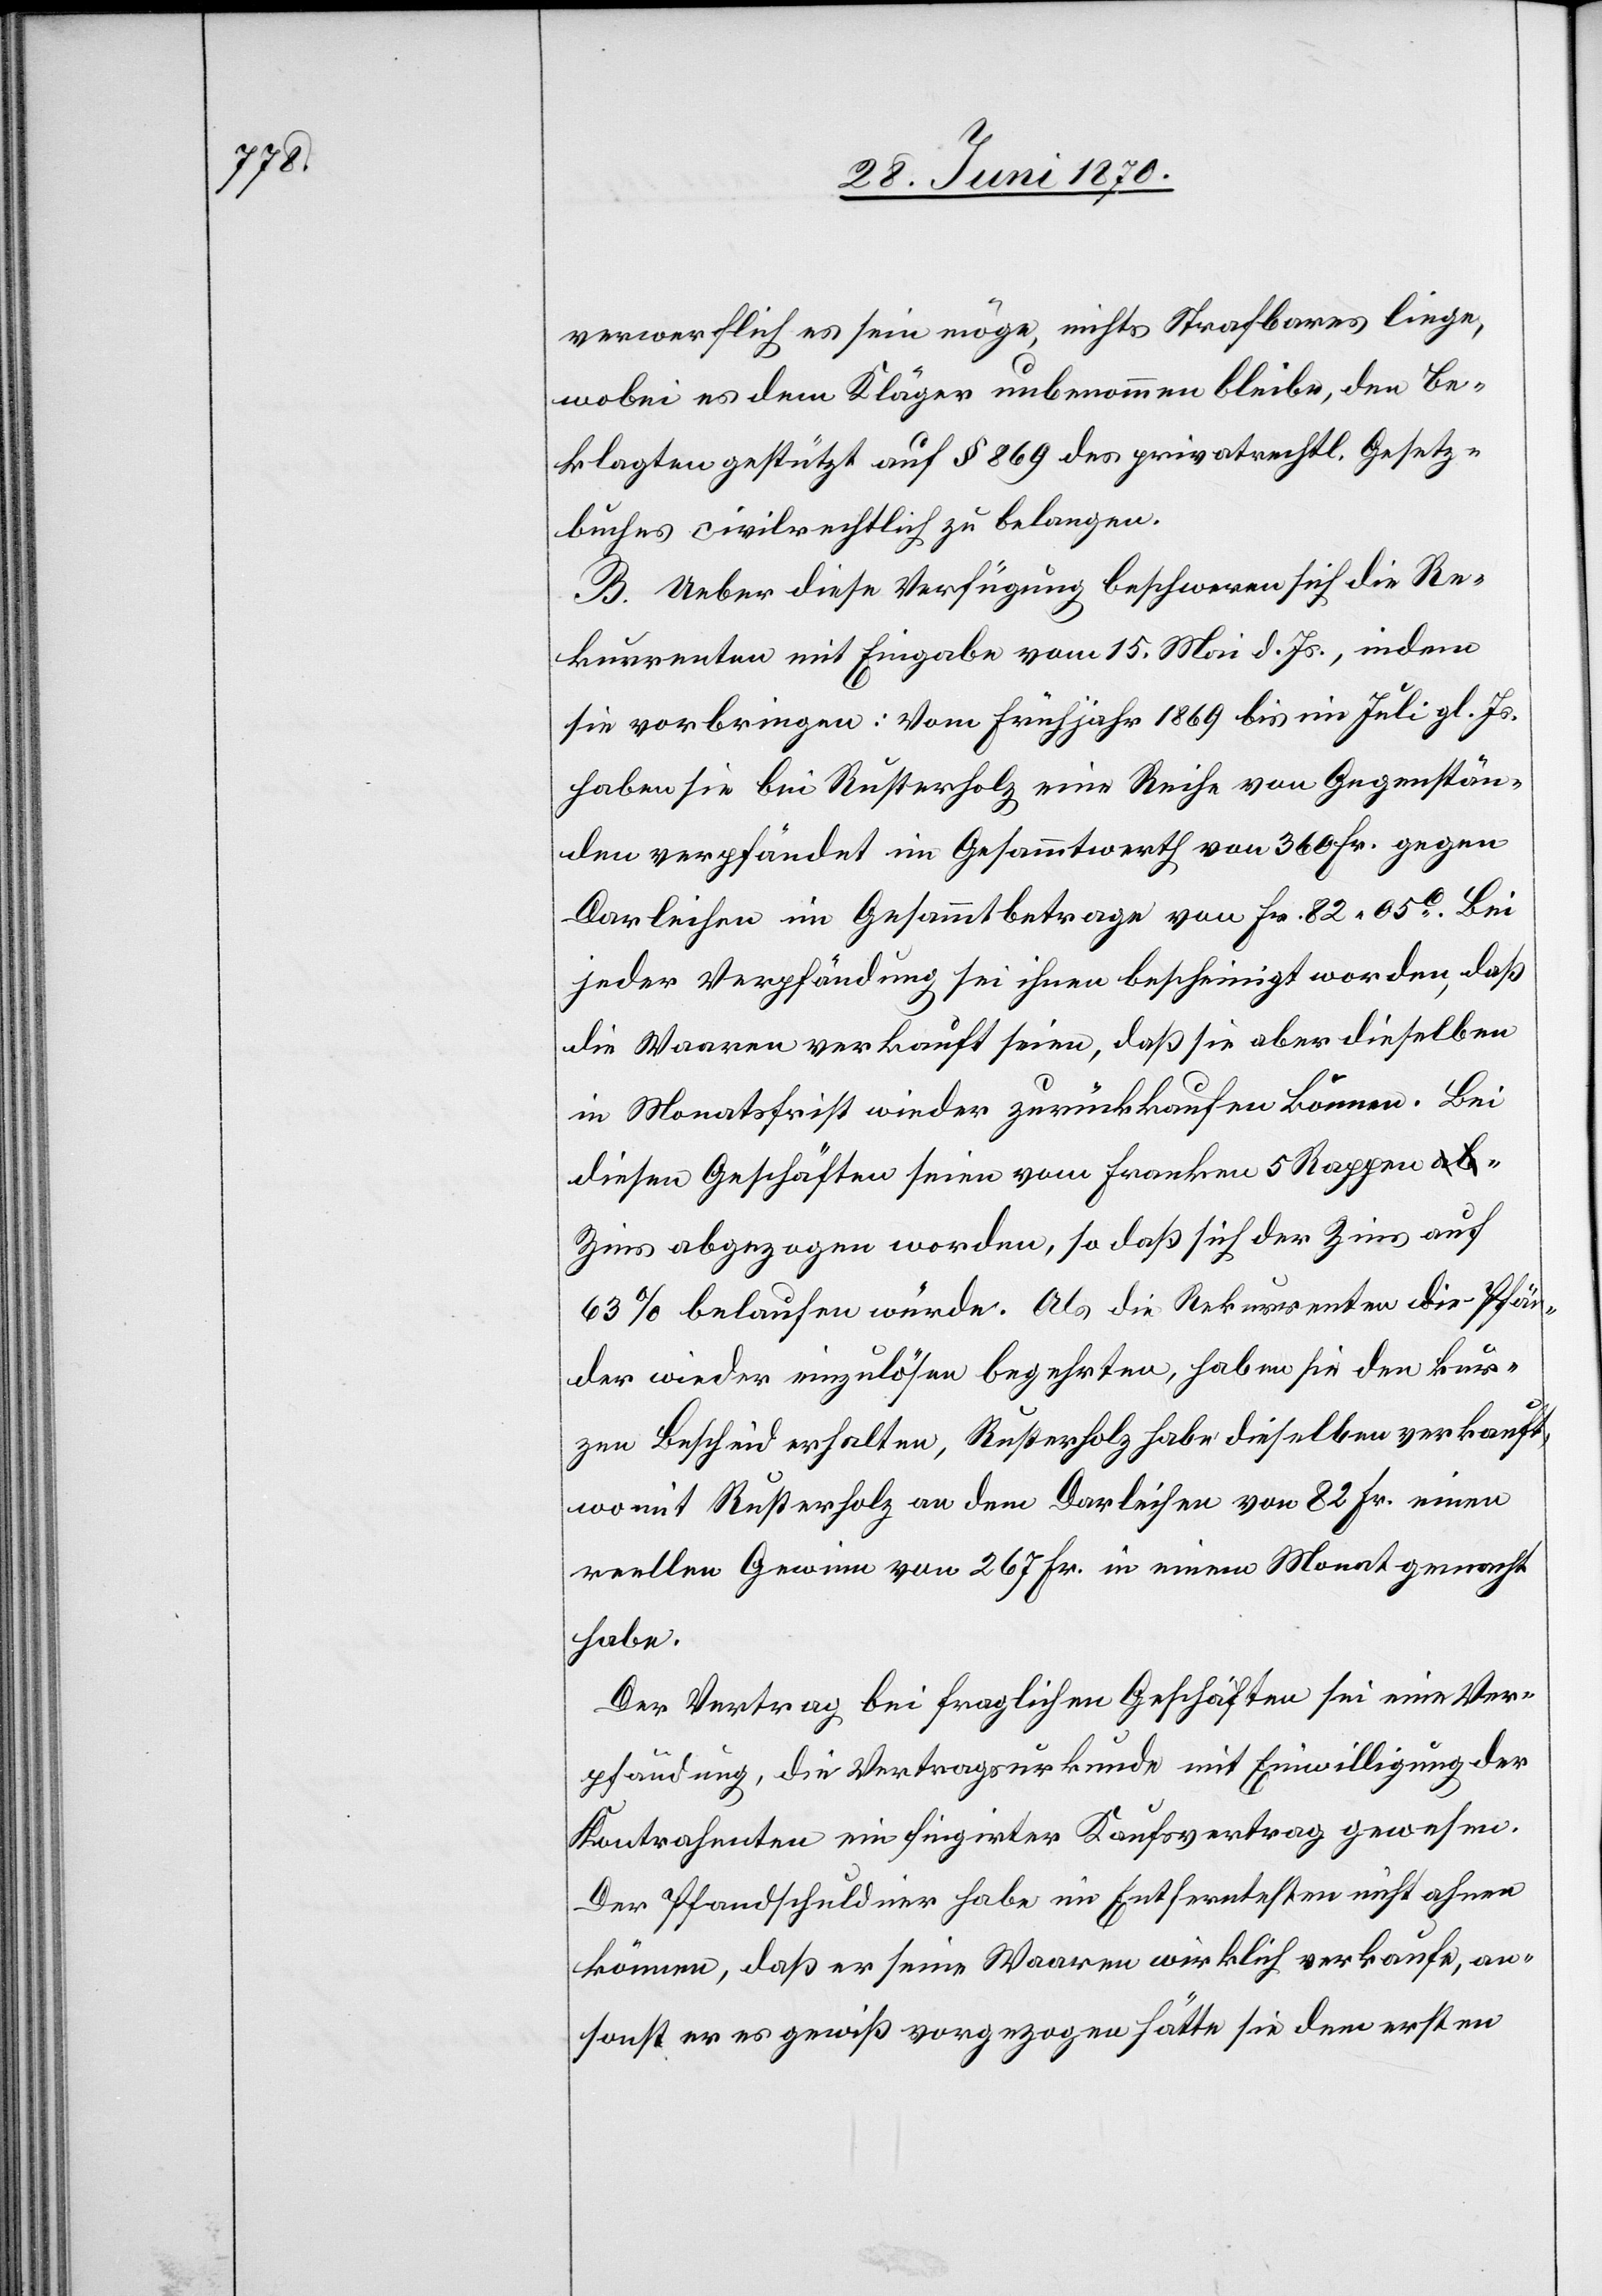
verwerflich es sein möge, nichts Strafbares liege,
wobei es dem Kläger unbenommen bleibe, den Be¬
klagten gestützt auf § 869 des privatrechtl. Gesetz¬
buches civilrechtlich zu belangen.
B. Ueber diese Verfügung beschweren sich die Re¬
kurrenten mit Eingabe vom 15. Mai d. Js., indem
sie vorbringen: Vom Frühjahr 1869 bis im Juli gl. Js.
haben sie bei Rusterholz eine Reihe von Gegenstän¬
den verpfändet im Gesammtwerth von 360 Fr. gegen
Darleihen im Gesammtbetrage von Fr. 82. 05c. Bei
jeder Verpfändung sei ihnen bescheinigt worden, daß
die Waaren verkauft seien, daß sie aber dieselben
in Monatsfrist wieder zurückkaufen können. Bei
diesen Geschäften seien vom Franken 5 Rappen
Zins abgezogen worden, so daß sich der Zins auf
63% belaufen würde. Als die Rekurrenten die Pfän¬
der wieder einzulösen begehrten, haben sie den kur¬
zen Bescheid erhalten, Rusterholz habe dieselben verkauft,
womit Rusterholz an dem Darleihen von 82 Fr. einen
reellen Gewinn von 267 Fr. in einem Monat gemacht
habe.
Der Vertrag bei fraglichen Geschäften sei eine Ver¬
pfändung, die Vertragsurkunde mit Einwilligung der
Kontrahenten ein fingirter Kaufsvertrag gewesen.
Der Pfandschuldner habe im Entferntesten nicht ahnen
können, daß er seine Waaren wirklich verkaufe, an¬
sonst er es gewiß vorgezogen hätte sie dem ersten